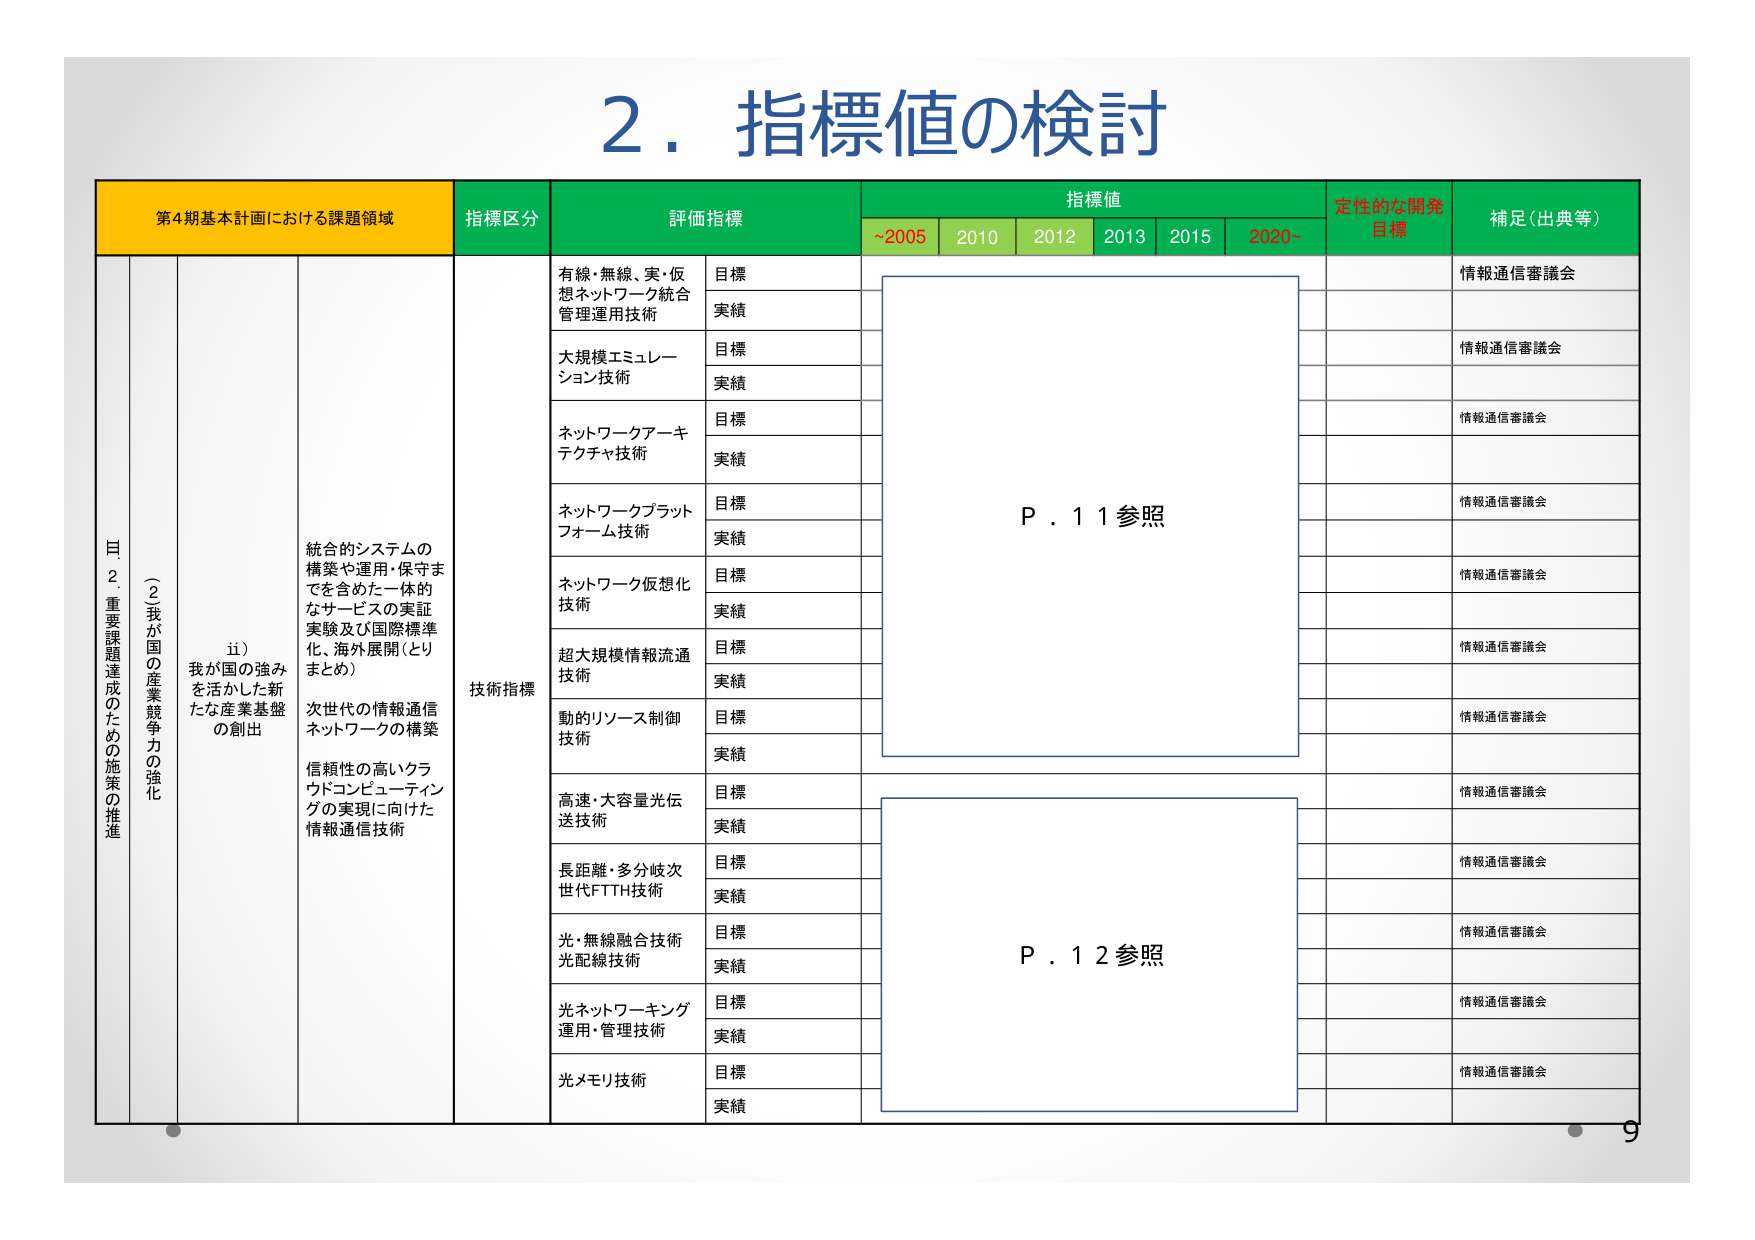
2. 指標値の検討

第4期基本計画における課題領域
指標区分
評価指標
指標値
定性的な開発目標
補足（出典等）

~2005
2010
2012
2013
2015
2020~

Ⅲ. 2. 重要課題達成のための施策の推進
（2）我が国の産業競争力の強化
ii）我が国の強みを活かした新たな産業基盤の創出
統合的システムの構築や運用・保守までを含めた一体的なサービスの実証実験及び国際標準化、海外展開（とりまとめ）
次世代の情報通信ネットワークの構築
信頼性の高いクラウドコンピューティングの実現に向けた情報通信技術

技術指標

有線・無線、実・仮想ネットワーク統合管理運用技術
目標
実績

大規模エミュレーション技術
目標
実績

ネットワークアーキテクチャ技術
目標
実績

ネットワークプラットフォーム技術
目標
実績

ネットワーク仮想化技術
目標
実績

超大規模情報流通技術
目標
実績

動的リソース制御技術
目標
実績

高速・大容量光伝送技術
目標
実績

長距離・多分岐次世代FTTH技術
目標
実績

光・無線融合技術光配線技術
目標
実績

光ネットワーキング運用・管理技術
目標
実績

光メモリ技術
目標
実績

P.11参照
P.12参照

情報通信審議会
情報通信審議会
情報通信審議会
情報通信審議会
情報通信審議会
情報通信審議会
情報通信審議会
情報通信審議会
情報通信審議会
情報通信審議会
情報通信審議会
情報通信審議会
情報通信審議会
情報通信審議会

9